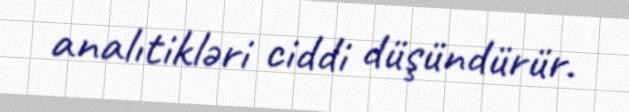
analıtikləri ciddi düşündürür.